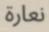
نعارة